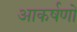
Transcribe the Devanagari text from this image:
आकर्षणो